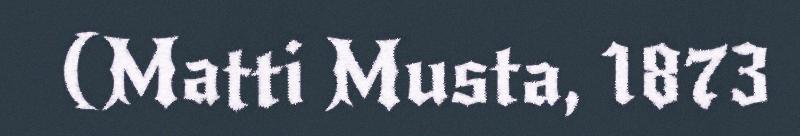
(Matti Musta, 1873